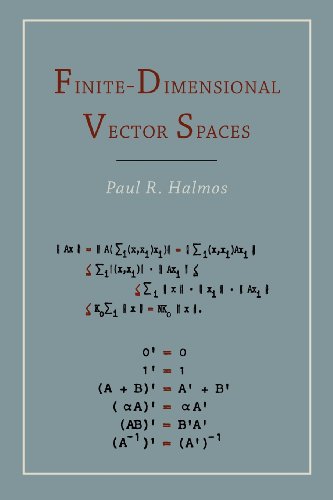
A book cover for Finite Dimensional Vector Spaces; Paul R. Halmos; Science & Math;